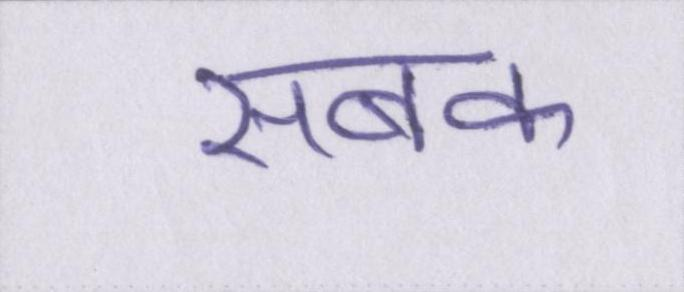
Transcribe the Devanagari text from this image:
सबक